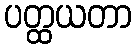
ပတ္ထယတာ